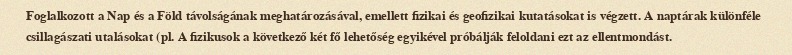
Foglalkozott a Nap és a Föld távolságának meghatározásával, emellett fizikai és geofizikai kutatásokat is végzett. A naptárak különféle csillagászati utalásokat (pl. A fizikusok a következő két fő lehetőség egyikével próbálják feloldani ezt az ellentmondást.